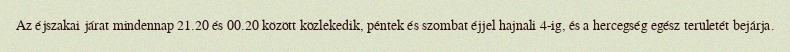
Az éjszakai járat mindennap 21.20 és 00.20 között közlekedik, péntek és szombat éjjel hajnali 4-ig, és a hercegség egész területét bejárja.